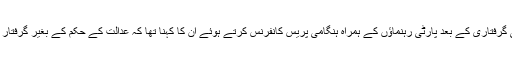
سابق صدر کی گرفتاری کے بعد پارٹی رہنماؤں کے ہمراہ ہنگامی پریس کانفرنس کرتے ہوئے ان کا کہنا تھا کہ عدالت کے حکم کے بغیر گرفتار کیا جا رہا ہے۔